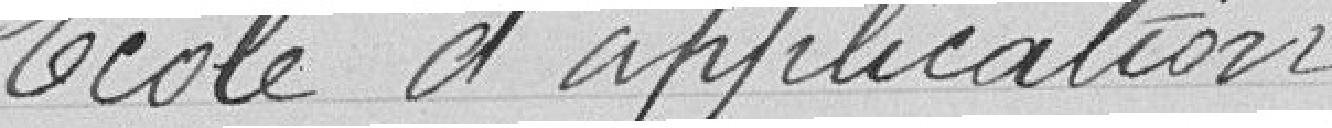
Ecole d'application